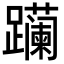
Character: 𬧛